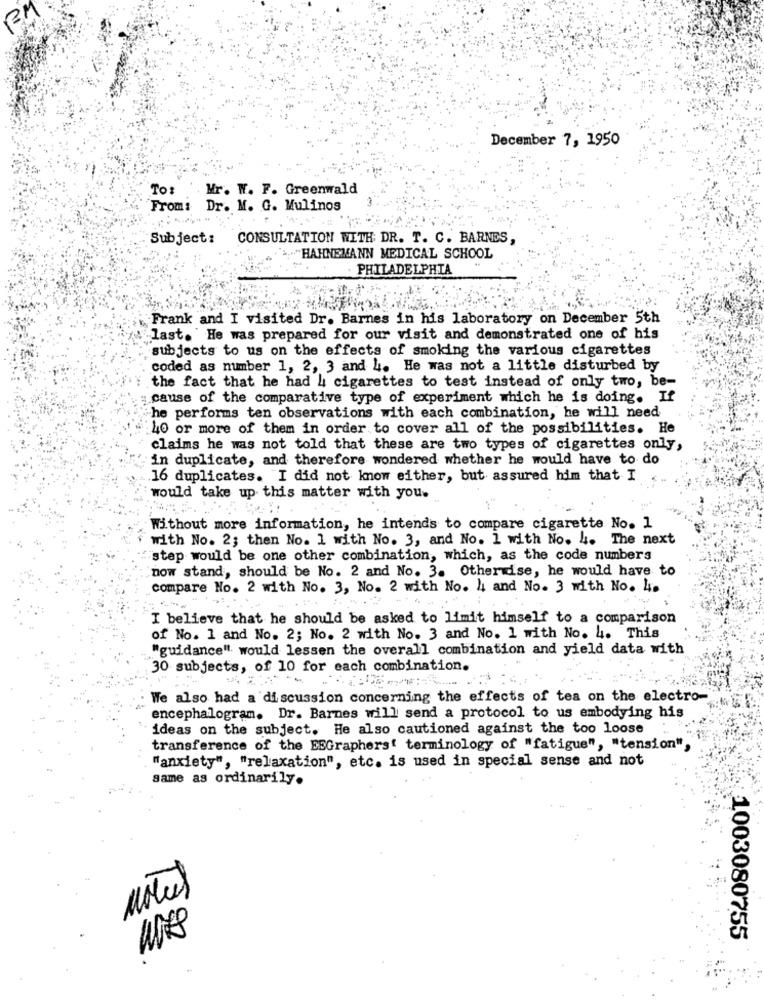
BM
December 7, 1950
Mr. W. F. Greenwald
To:
From: Dr. M. G. Mulinos
Subject:
CONSULTATION WITH DR. T. C. BARNES,
"HAHNEMANN MEDICAL SCHOOL
PHILADELPHIA
Frank and I visited Dr. Barnes in his laboratory on December 5th
last. He was prepared for our visit and demonstrated one of his
subjects to us on the effects of smoking the various cigarettes
coded as number 1, 2, 3 and 4. He was not a little disturbed by
the fact that he had 4 cigarettes to test instead of only two, be-
cause of the comparative type of experiment which he is doing. If
"he performs ten observations with each combination, he will need
:40 or more of them in order to cover all of the possibilities. He
claims he was not told that these are two types of cigarettes only,
in duplicate, and therefore wondered whether he would have to do
16 duplicates. I did not know either, but assured him that I
would take up this matter with you.
Without more information, he intends to compare cigarette No. 1
with No. 2; then No. 1 with No. 3, and No. 1 with No. 4. The next
step would be one other combination, which, as the code numbers
"now stand, should be No. 2 and No. 3. Otherwise, he would have to
compare No. 2 with No. 3, No. 2 with No. 4 and No. 3 with No. 4.
I believe that he should be asked to limit himself to a comparison
of No. 1 and No. 2; No. 2 with No. 3 and No. 1 with No. 4. This
"guidance" would lessen the overall combination and yield data with
30 subjects, of 10 for each combination.
We also had a discussion concerning the effects of tea on the electro-
encephalogram. Dr. Barnes will send a protocol to us embodying his
ideas on the subject. He also cautioned against the too loose
transference of the ESGraphers' terminology of "fatigue", "tension",
"anxiety", "relaxation", etc. is used in special sense and not
same as ordinarily.
Motus
1003080755